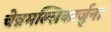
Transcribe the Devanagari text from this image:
चेन्नमल्लिकार्जुना